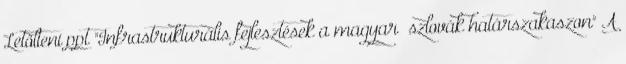
Letölteni ppt "Infrastrukturális fejlesztések a magyar –szlovák határszakaszon" A